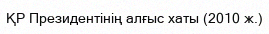
ҚР Президентінің алғыс хаты (2010 ж.)